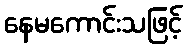
နေမကောင်းသဖြင့်